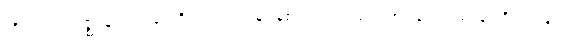
တိကစတုက္ကဇ္ဈာနဝသေန၊ တိက စတုက္ကဈာန်၏ အစွမ်းဖြင့်။ အပ္ပနာဝ၊ အပ္ပနာကိုသာလျှင်။